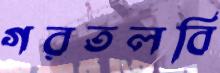
গরতলবি